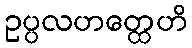
ဥပ္ပလဟတ္ထေဟိ